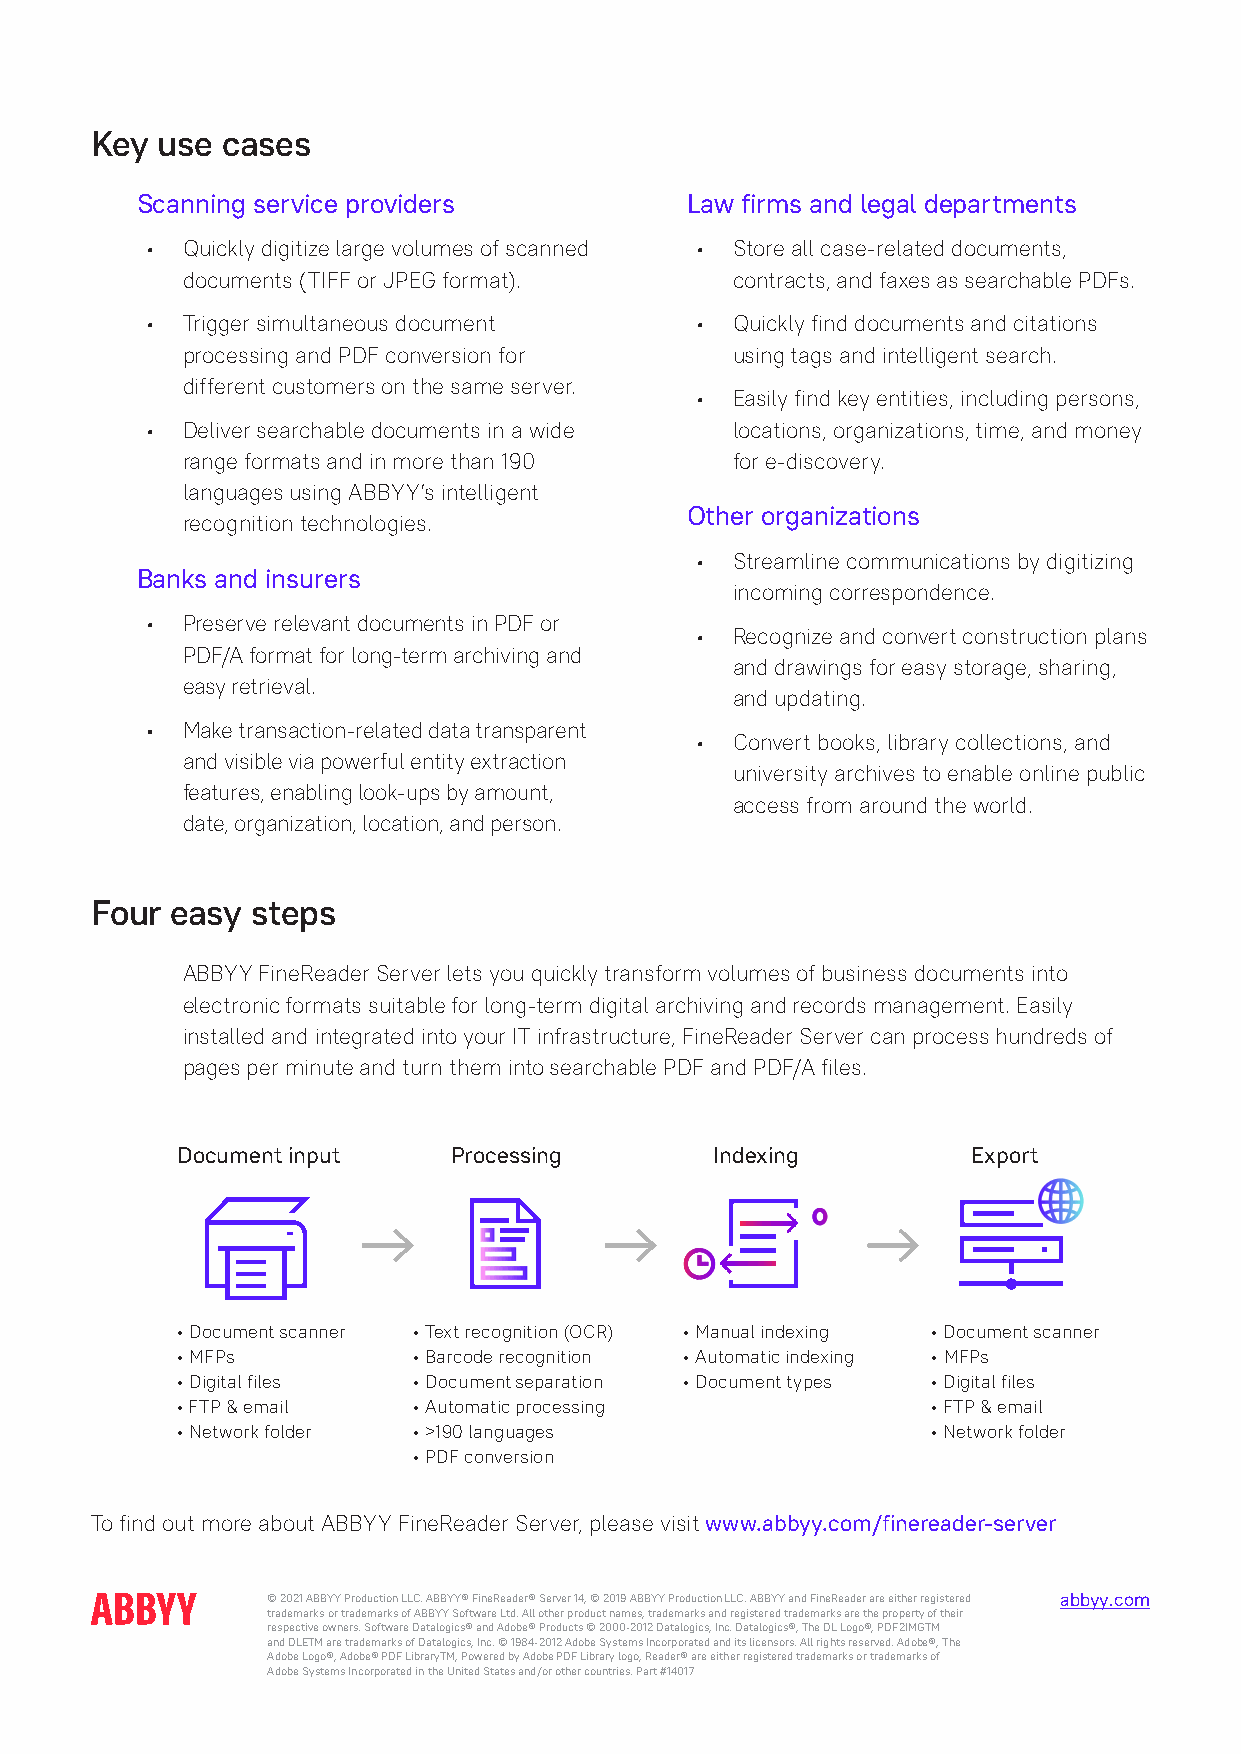
Key use  cases
 Scanning service providers          Law firms and legal departments
 • Quickly digitize large volumes of scanned • Store all case-related documents,
 documents (TIFF or JPEG format).    contracts, and faxes as searchable PDFs.
 • Trigger simultaneous document     • Quickly find documents and citations
 processing and PDF conversion for   using tags and intelligent search.
 different customers on the same server.
 • Easily find key entities, including persons,
 • Deliver searchable documents in a wide locations, organizations, time, and money
 range formats and in more than 190  for e-discovery.
 languages using ABBYY’s intelligent
 Other organizations
 recognition technologies.
 • Streamline communications by digitizing
 Banks and insurers
 incoming correspondence.
 • Preserve relevant documents in PDF or
 • Recognize and convert construction plans
 PDF/A format for long-term archiving and
 and drawings for easy storage, sharing,
 easy retrieval.
 and updating.
 • Make transaction-related data transparent
 • Convert books, library collections, and
 and visible via powerful entity extraction
 university archives to enable online public
 features, enabling look-ups by amount,
 access from around the world.
 date, organization, location, and person.
 Four easy  steps
 ABBYY FineReader Server lets you quickly transform volumes of business documents into
 electronic formats suitable for long-term digital archiving and records management. Easily
 installed and integrated into your IT infrastructure, FineReader Server can process hundreds of
 pages per minute and turn them into searchable PDF and PDF/A files.
 Document input    Processing       Indexing         Export
 • Document scanner • Text recognition (OCR) • Manual indexing • Document scanner
 • MFPs         • Barcode recognition • Automatic indexing • MFPs
 • Digital files • Document separation • Document types • Digital files
 • FTP & email  • Automatic processing             • FTP & email
 • Network folder • >190 languages                 • Network folder
 • PDF conversion
 To find out more about ABBYY FineReader Server, please visit www.abbyy.com/finereader-server
 © 2021 ABBYY Production LLC. ABBYY® FineReader® Server 14, © 2019 ABBYY Production LLC. ABBYY and FineReader are either registered aabbbbyyyy..ccoomm
 trademarks or trademarks of ABBYY Software Ltd. All other product names, trademarks and registered trademarks are the property of their
 respective owners. Software Datalogics® and Adobe® Products © 2000-2012 Datalogics, Inc. Datalogics®, The DL Logo®, PDF2IMGTM
 and DLETM are trademarks of Datalogics, Inc. © 1984-2012 Adobe Systems Incorporated and its licensors. All rights reserved. Adobe®, The
 Adobe Logo®, Adobe® PDF LibraryTM, Powered by Adobe PDF Library logo, Reader® are either registered trademarks or trademarks of
 Adobe Systems Incorporated in the United States and/or other countries. Part #14017